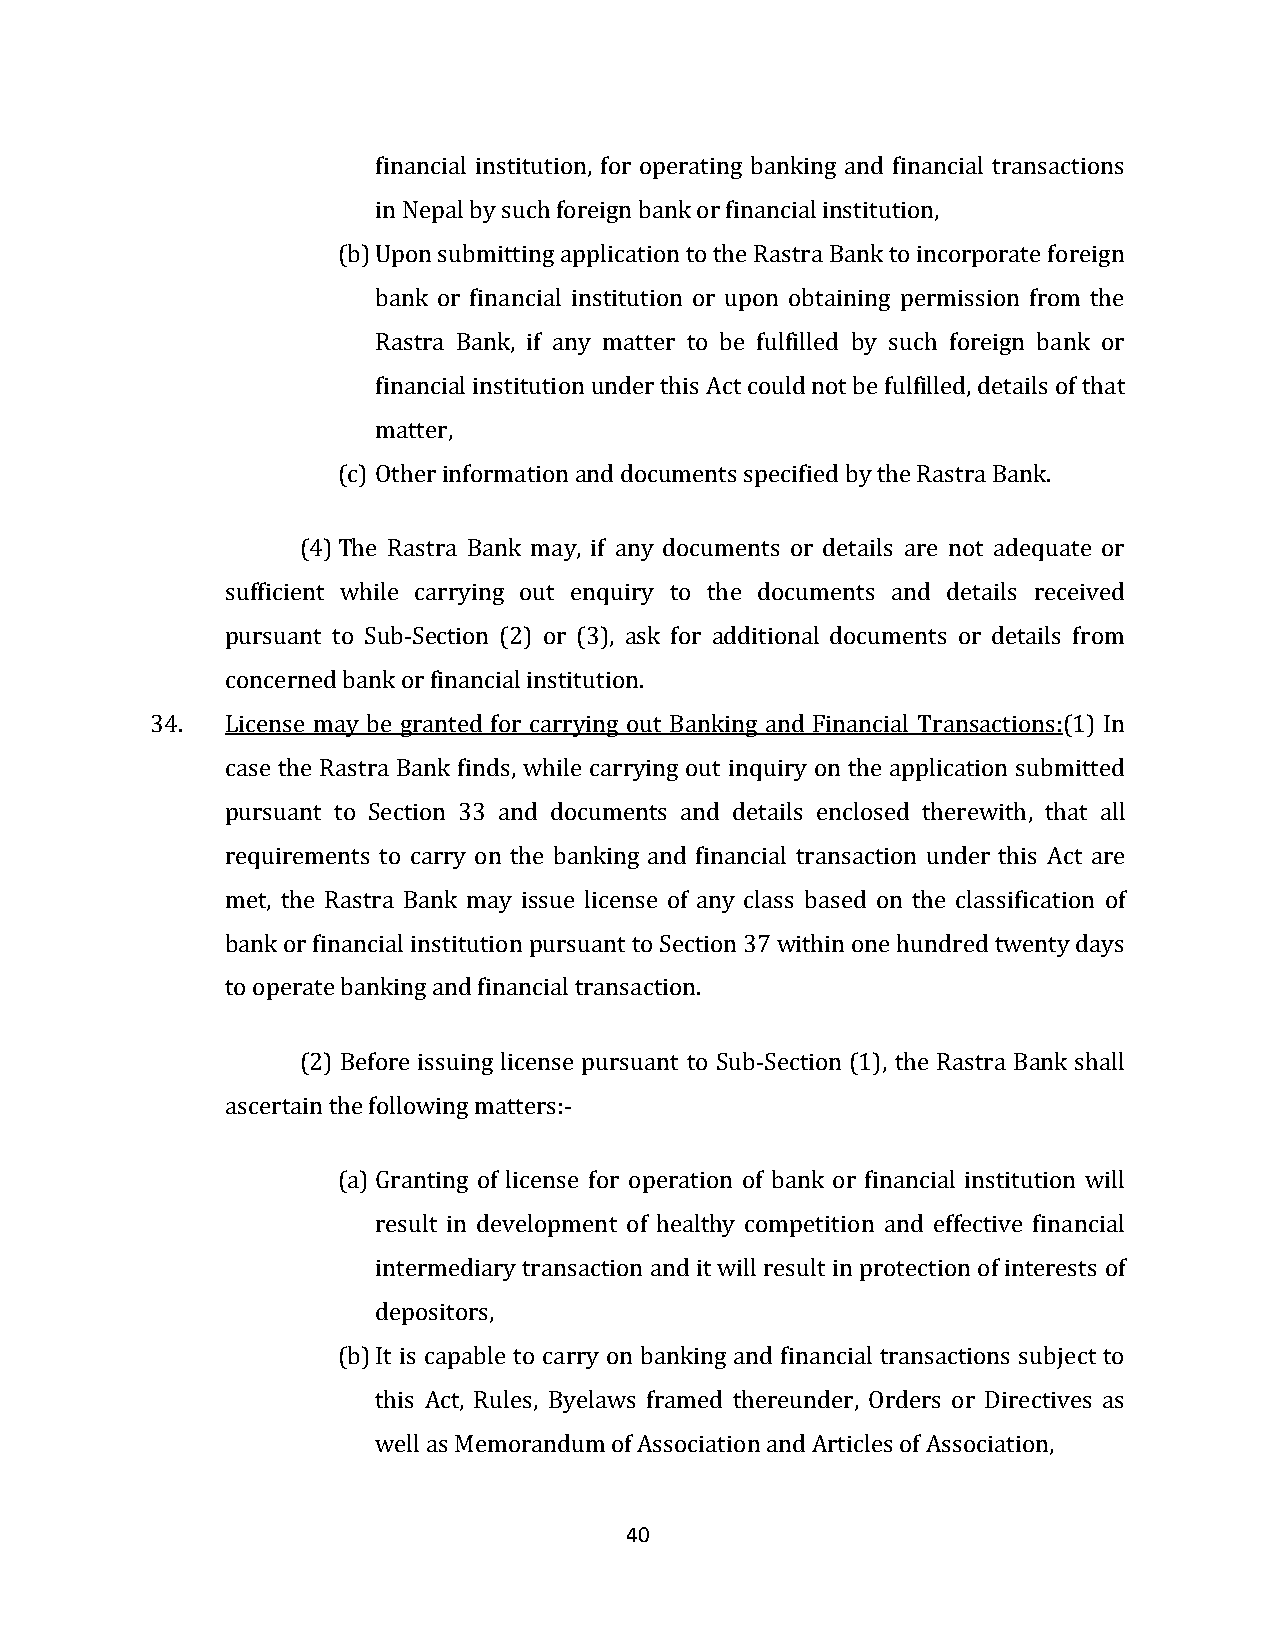
financial institution, for operating banking and financial transactions
 in Nepal by such foreign bank or financial institution,
 (b) Upon submitting application to the Rastra Bank to incorporate foreign
 bank or financial institution or upon obtaining permission from the
 Rastra Bank, if any matter to be fulfilled by such foreign bank or
 financial institution under this Act could not be fulfilled, details of that
 matter,
 (c) Other information and documents specified by the Rastra Bank.
 (4) The Rastra Bank may, if any documents or details are not adequate or
 sufficient while carrying out enquiry to the documents and details received
 pursuant to Sub-Section (2) or (3), ask for additional documents or details from
 concerned bank or financial institution.
 34.  License may be granted for carrying out Banking and Financial Transactions:(1) In
 case the Rastra Bank finds, while carrying out inquiry on the application submitted
 pursuant to Section 33 and documents and details enclosed therewith, that all
 requirements to carry on the banking and financial transaction under this Act are
 met, the Rastra Bank may issue license of any class based on the classification of
 bank or financial institution pursuant to Section 37 within one hundred twenty days
 to operate banking and financial transaction.
 (2) Before issuing license pursuant to Sub-Section (1), the Rastra Bank shall
 ascertain the following matters:-
 (a) Granting of license for operation of bank or financial institution will
 result in development of healthy competition and effective financial
 intermediary transaction and it will result in protection of interests of
 depositors,
 (b) It is capable to carry on banking and financial transactions subject to
 this Act, Rules, Byelaws framed thereunder, Orders or Directives as
 well as Memorandum of Association and Articles of Association,
 40